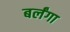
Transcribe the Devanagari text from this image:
बर्लंगा